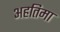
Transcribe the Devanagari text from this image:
अहतिमा